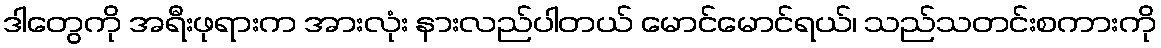
ဒါတွေကို အရီးဖုရားက အားလုံး နားလည်ပါတယ် မောင်မောင်ရယ်၊ သည်သတင်းစကားကို